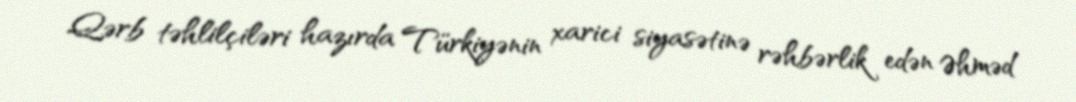
Qərb təhlilçiləri hazırda Türkiyənin xarici siyasətinə rəhbərlik edən Əhməd